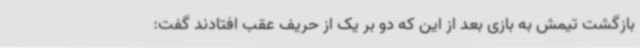
بازگشت تیمش به بازی بعد از این که دو بر یک از حریف عقب افتادند گفت: